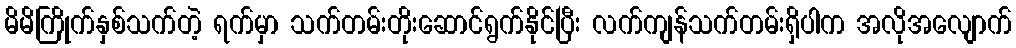
မိမိကြိုက်နှစ်သက်တဲ့ ရက်မှာ သက်တမ်းတိုးဆောင်ရွက်နိုင်ပြီး လက်ကျန်သက်တမ်းရှိပါက အလိုအလျောက်